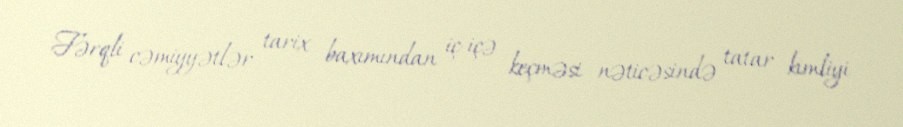
Fərqli cəmiyyətlər tarix baxımından iç-içə keçməsi nəticəsində tatar kimliyi